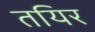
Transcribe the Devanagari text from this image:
तयिर